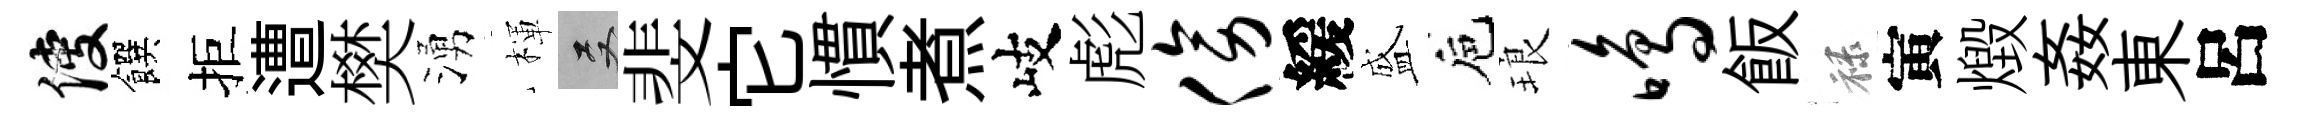
使饌拒遭樊湧楎双斐它慣煮岐彪傍緩盛巵琅鸣飯禄寅燬姦東呂